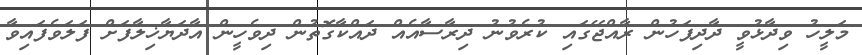
މަލީހު ވިދާޅުވީ ދާދިފަހުން ރާއްޖޭގައި ކުރެވުނު ދިރާސާއެއް ދައްކާގޮތުން ދިވެހީން އާދަޔާޚިލާފަށް ފަލަވެފައިވާ